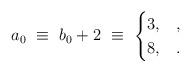
LaTeX: \begin{align*} a_0\ \equiv\ b_0+2\ \equiv\ \begin{cases} 3,& , \\ 8, &. \end{cases}\end{align*}